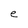
Character: e